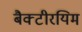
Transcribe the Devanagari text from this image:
बैक्टीरयिम